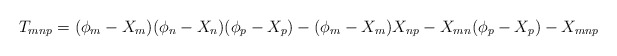
\begin{align*}T_{mnp} = (\phi_{m}-X_{m})(\phi_{n}-X_{n})(\phi_{p}-X_{p}) - (\phi_{m}-X_{m})X_{np} - X_{mn}(\phi_{p}-X_{p}) - X_{mnp}\end{align*}